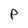
Character: P